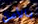
بالأمن